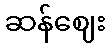
ဆန်ဈေး